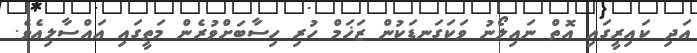
އަދި ކައިރީގައި އޮތް ނައިލޯނު ވަކަގަނޑަކުން ޒަޚަމް ހުރި ހިސާބަށްވުރެން މަތީގައި އައްސާލިއެވެ.